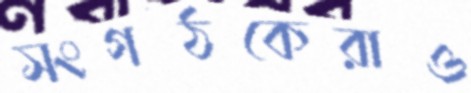
সংগঠকেরাও